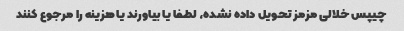
چیپس خلالی مزمز تحویل داده نشده، لطفا یا بیاورند یا هزینه را مرجوع کنند